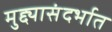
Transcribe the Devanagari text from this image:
मुद्द्यासंदर्भात